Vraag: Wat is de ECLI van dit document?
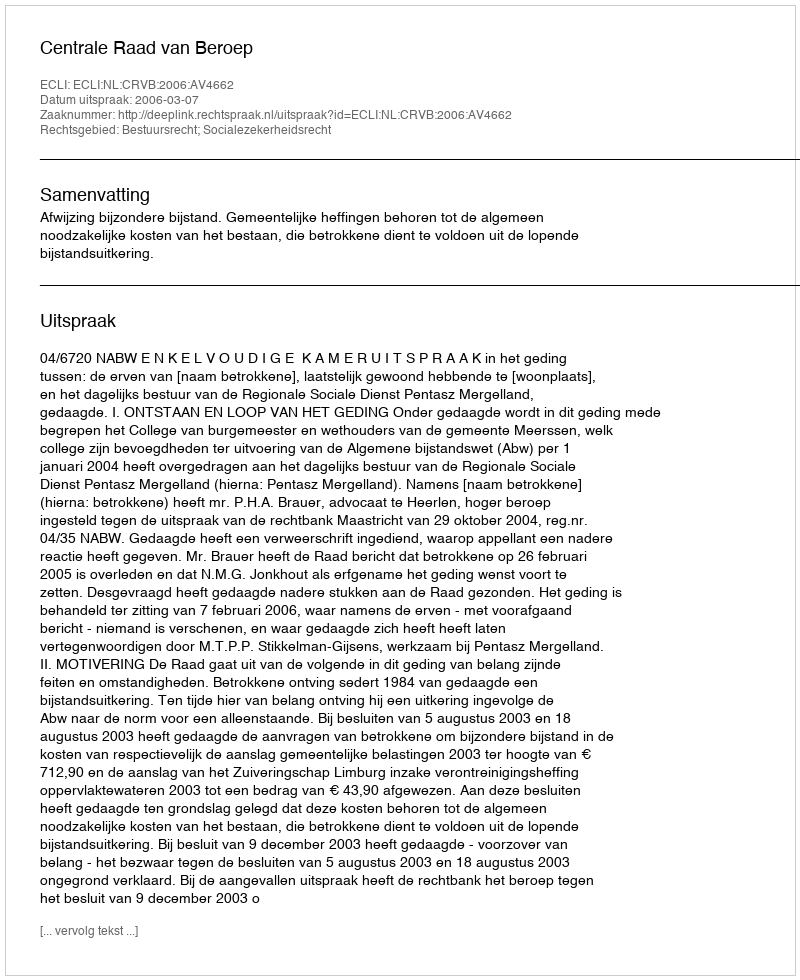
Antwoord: ECLI:NL:CRVB:2006:AV4662